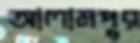
আলামপুর